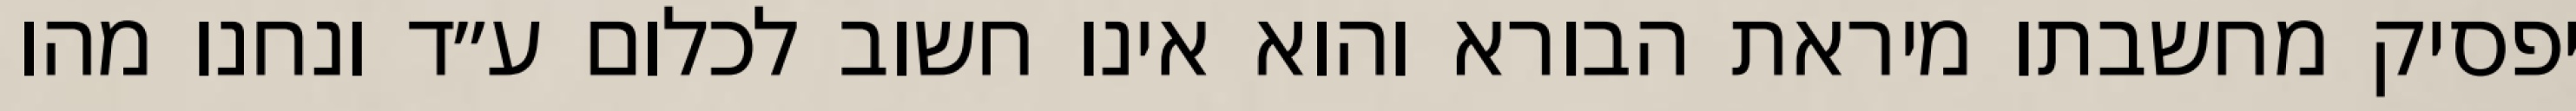
יפסיק מחשבתו מיראת הבורא והוא אינו חשוב לכלום ע״ד ונחנו מהו